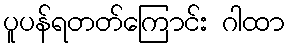
ပူပန်ရတတ်ကြောင်း ဂါထာ